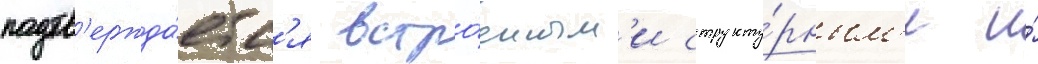
подтв'ержда́етс'я встро́енным'и структу́рным'и и́